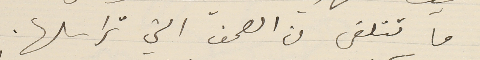
ما تتلقى من الصحف التي تراسلها.